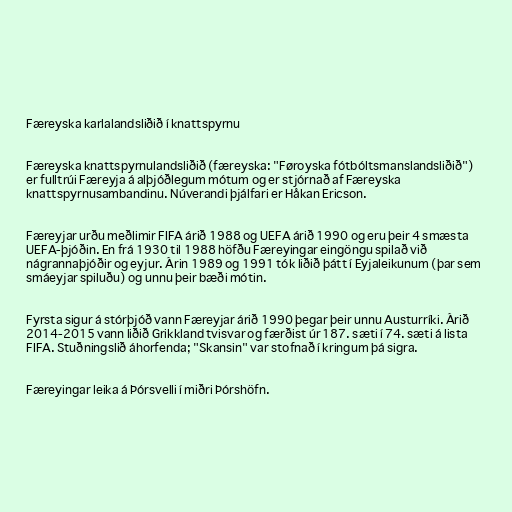
Færeyska karlalandsliðið í knattspyrnu

Færeyska knattspyrnulandsliðið (færeyska: "Føroyska fótbóltsmanslandsliðið")
er fulltrúi Færeyja á alþjóðlegum mótum og er stjórnað af Færeyska
knattspyrnusambandinu. Núverandi þjálfari er Håkan Ericson.

Færeyjar urðu meðlimir FIFA árið 1988 og UEFA árið 1990 og eru þeir 4 smæsta
UEFA-þjóðin. En frá 1930 til 1988 höfðu Færeyingar eingöngu spilað við
nágrannaþjóðir og eyjur. Árin 1989 og 1991 tók liðið þátt í Eyjaleikunum (þar sem
smáeyjar spiluðu) og unnu þeir bæði mótin.

Fyrsta sigur á stórþjóð vann Færeyjar árið 1990 þegar þeir unnu Austurríki. Árið
2014-2015 vann liðið Grikkland tvisvar og færðist úr 187. sæti í 74. sæti á lista
FIFA. Stuðningslið áhorfenda; "Skansin" var stofnað í kringum þá sigra.

Færeyingar leika á Þórsvelli í miðri Þórshöfn.